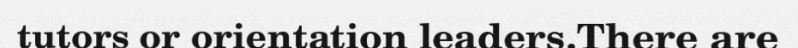
tutors or orientation leaders.There are